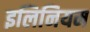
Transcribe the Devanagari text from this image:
इलिनियम